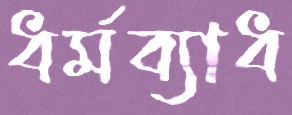
ধর্মব্যাধ